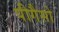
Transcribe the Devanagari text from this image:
पीगैसो